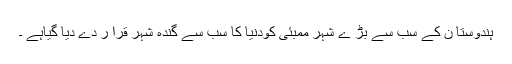
ہندوستا ن کے سب سے بڑ ے شہر ممبئی کودنیا کا سب سے گندہ شہر قرا ر دے دیا گیاہے ۔